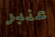
عنبر